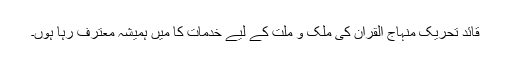
قائد تحریک منہاج القرآن کی ملک و ملت کے لیے خدمات کا میں ہمیشہ معترف رہا ہوں۔